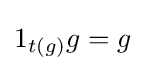
1_{t(g)}g=g